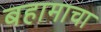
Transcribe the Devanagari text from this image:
बहामाचा